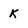
Character: k